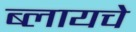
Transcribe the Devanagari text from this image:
ब्लायचे